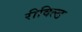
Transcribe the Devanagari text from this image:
रीविल्ड